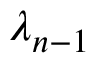
\lambda _ { n - 1 }